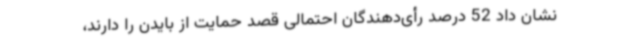
نشان داد 52 درصد رأی‌دهندگان احتمالی قصد حمایت از بایدن را دارند،